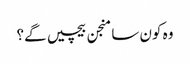
وہ کون سا منجن بیچیں گے؟